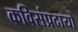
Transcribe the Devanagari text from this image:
कविसंप्रदायों